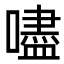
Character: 嚍